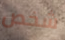
شخص